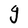
Character: g